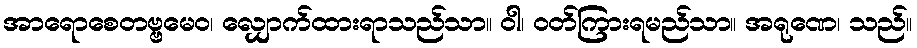
အာရောစေတဗ္ဗမေဝ၊ လျှောက်ထားရာသည်သာ။ ဝါ၊ ဝတ်ကြားရမည်သာ။ အရုဏေ၊ သည်။